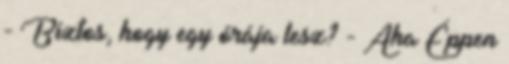
- Biztos, hogy egy órája lesz? - Aha Éppen